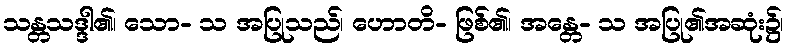
သန္တသဒ္ဒါ၏၊ သော- သ အပြုသည်၊ ဟောတိ- ဖြစ်၏၊ အန္တေ- သ အပြု၏အဆုံး၌၊